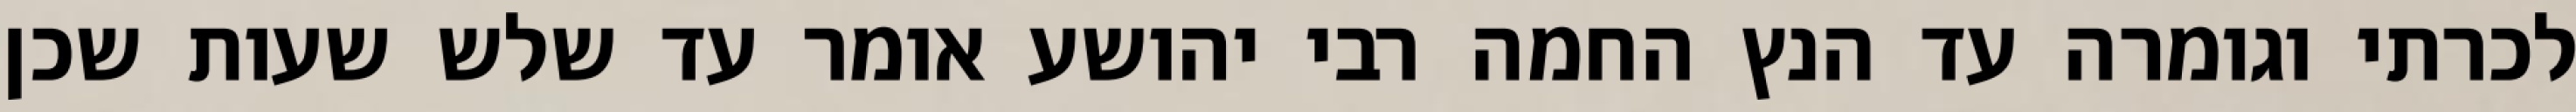
לכרתי וגומרה עד הנץ החמה רבי יהושע אומר עד שלש שעות שכן